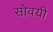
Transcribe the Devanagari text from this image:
सोवयी